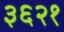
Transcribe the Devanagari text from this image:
३६२१